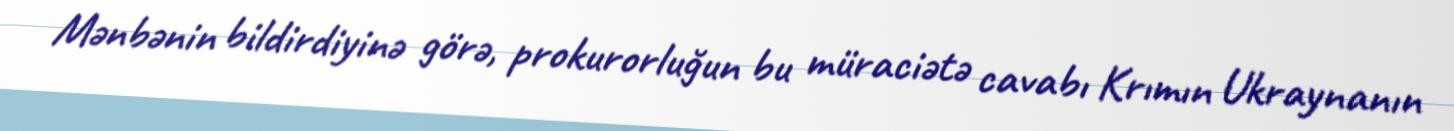
Mənbənin bildirdiyinə görə, prokurorluğun bu müraciətə cavabı Krımın Ukraynanın